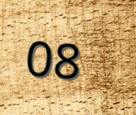
08